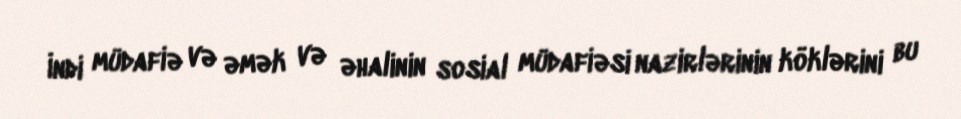
İndi müdafiə və əmək və əhalinin sosial müdafiəsi nazirlərinin köklərini bu